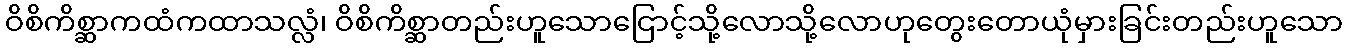
ဝိစိကိစ္ဆာကထံကထာသလ္လံ၊ ဝိစိကိစ္ဆာတည်းဟူသောငြောင့်သို့လောသို့လောဟုတွေးတောယုံမှားခြင်းတည်းဟူသော